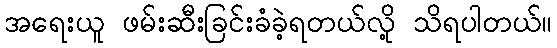
အရေးယူ ဖမ်းဆီးခြင်းခံခဲ့ရတယ်လို့ သိရပါတယ်။